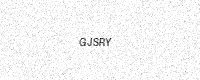
Text: GJSRY